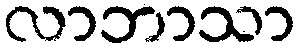
လာဘာသာ